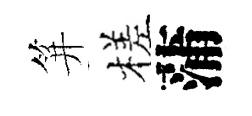
笄槎蒲